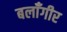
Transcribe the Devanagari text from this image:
बलाँगीर